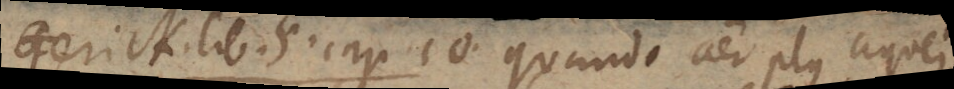
Gerick. lib. 5 cap. 10 Quando aer plus aquei